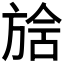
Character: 𣄅